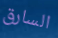
السارق